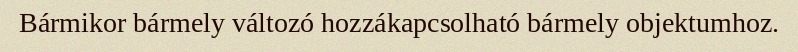
Bármikor bármely változó hozzákapcsolható bármely objektumhoz.